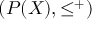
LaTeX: ( P ( X ) , \leq ^ { + } )